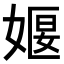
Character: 𪦈